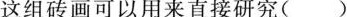
这组砖画可以用来直接研究()